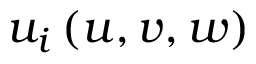
u _ { i } \left( u , v , w \right)